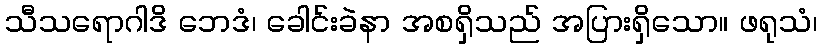
သီသရောဂါဒိ ဘေဒံ၊ ခေါင်းခဲနာ အစရှိသည် အပြားရှိသော။ ဖရုသံ၊